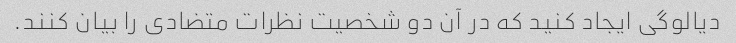
دیالوگی ایجاد کنید که در آن دو شخصیت نظرات متضادی را بیان کنند.